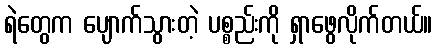
ရဲတွေက ပျောက်သွားတဲ့ ပစ္စည်းကို ရှာဖွေလိုက်တယ်။